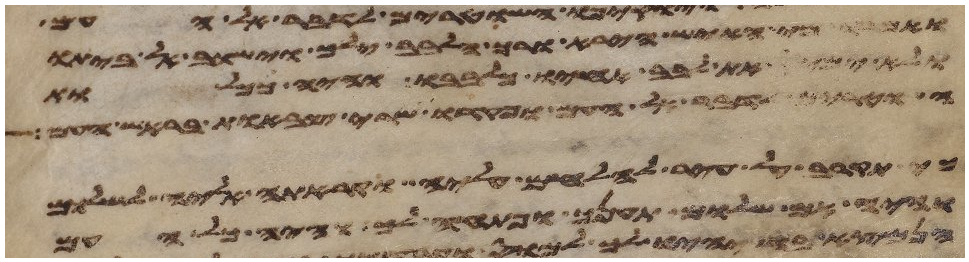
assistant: מי האיש הירא ורך הלבב ילך וישוב לביתו
ולא ימיס את לבב אחיו כלבבו והיה ככלות
אל העם ופקדו שרי צבאות בראש העם
כי תקרב על עיר להלחם עליה וקראת אליה לשלום
והיה אם שלום תענך ופתחה לך והיה כל העם